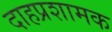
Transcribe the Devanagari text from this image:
दाहप्रशामक